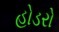
હોડરો